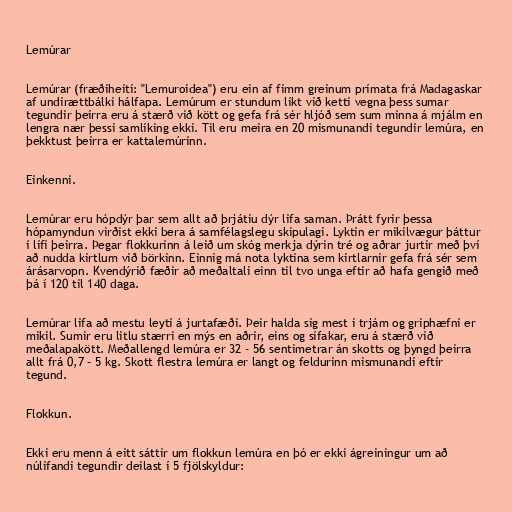
Lemúrar

Lemúrar (fræðiheiti: "Lemuroidea") eru ein af fimm greinum prímata frá Madagaskar
af undirættbálki hálfapa. Lemúrum er stundum líkt við ketti vegna þess sumar
tegundir þeirra eru á stærð við kött og gefa frá sér hljóð sem sum minna á mjálm en
lengra nær þessi samlíking ekki. Til eru meira en 20 mismunandi tegundir lemúra, en
þekktust þeirra er kattalemúrinn.

Einkenni.

Lemúrar eru hópdýr þar sem allt að þrjátíu dýr lifa saman. Þrátt fyrir þessa
hópamyndun virðist ekki bera á samfélagslegu skipulagi. Lyktin er mikilvægur þáttur
í lífi þeirra. Þegar flokkurinn á leið um skóg merkja dýrin tré og aðrar jurtir með því
að nudda kirtlum við börkinn. Einnig má nota lyktina sem kirtlarnir gefa frá sér sem
árásarvopn. Kvendýrið fæðir að meðaltali einn til tvo unga eftir að hafa gengið með
þá í 120 til 140 daga.

Lemúrar lifa að mestu leyti á jurtafæði. Þeir halda sig mest í trjám og griphæfni er
mikil. Sumir eru litlu stærri en mýs en aðrir, eins og sífakar, eru á stærð við
meðalapakött. Meðallengd lemúra er 32 - 56 sentimetrar án skotts og þyngd þeirra
allt frá 0,7 – 5 kg. Skott flestra lemúra er langt og feldurinn mismunandi eftir
tegund.

Flokkun.

Ekki eru menn á eitt sáttir um flokkun lemúra en þó er ekki ágreiningur um að
núlifandi tegundir deilast í 5 fjölskyldur: